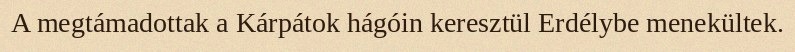
A megtámadottak a Kárpátok hágóin keresztül Erdélybe menekültek.